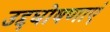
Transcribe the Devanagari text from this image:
उद्दघोषणाएं